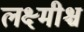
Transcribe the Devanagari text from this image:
लक्ष्मीश्च